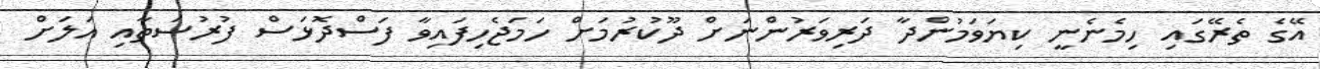
އޭގެ ތެރޭގައި ހިމެނެނީ ކިޔަވަމުންދާ ދަރިވަރުންނަށް ދޫކުރުމަށް ހަމަޖެހިފައިވާ ފަސްދޮޅަސް ފުރުސަތާއި އަލަށް